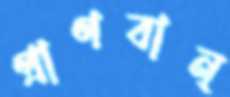
প্রাণবান্‌